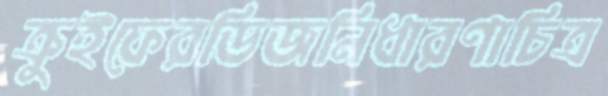
ক্রুইফেরডিজনিধারণাচিত্র